Report on the working of the Ranchi Indian Mental Hospital, Kanke, in Bihar and Orissa - 1930-1940
Year: 1930
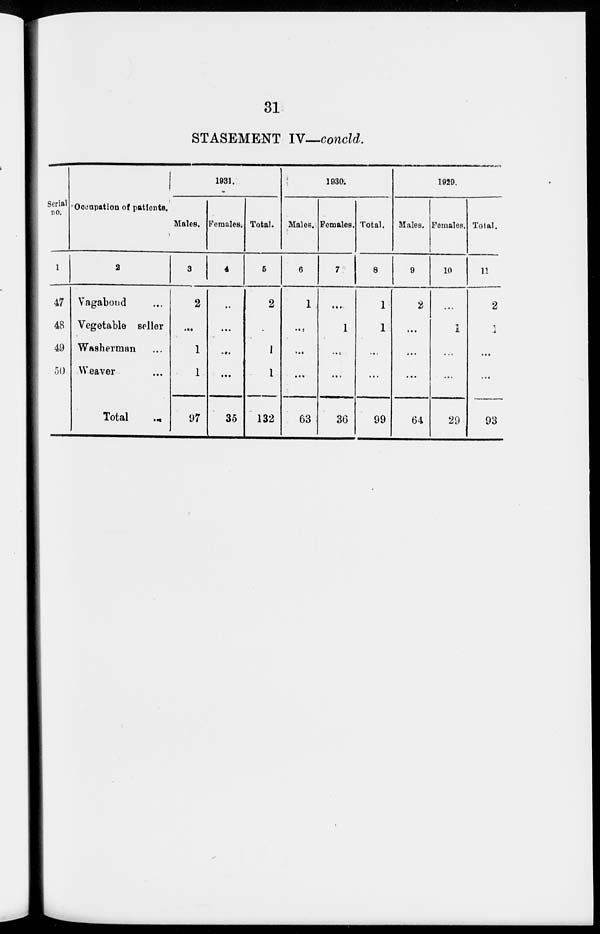
31
STATEMENT IV—concld.
Serial
no.
1
47
48
49
50
Occupation of patients.
2
Vagabond ...
Vegetable seller
Washerman ...
Weaver ...
Total
...
1931.
Males.
3
2
...
1
1
97
Females.
4
...
...
...
...
35
Total.
5
2
...
1
1
132
1930.
Males.
6
1
...
...
...
63
Females.
7
...
1
...
...
36
Total.
8
1
1
...
99
1929.
Males.
9
2
...
...
...
64
Females.
10
...
1
...
...
29
Total.
11
2
1
...
...
93